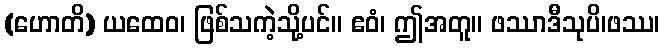
(ဟောတိ) ယထေဝ၊ ဖြစ်သကဲ့သို့ပင်။ ဧဝံ၊ ဤအတူ။ ဖဿာဒီသုပိ၊ဖဿ၊